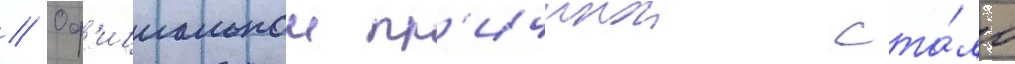
// Оф'ициальнои пр'ичинои ста́ло